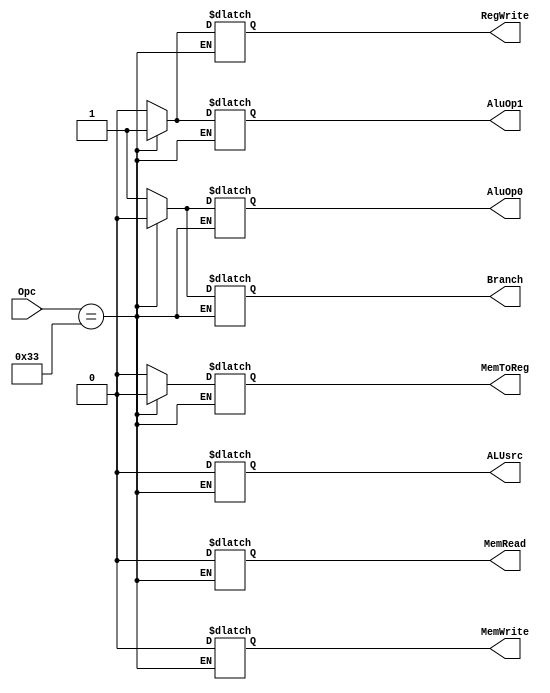
module control (Opc, ALUsrc, MemToReg, RegWrite, MemRead, MemWrite, Branch, AluOp1, AluOp0);
  input [6:0] Opc;
  output reg ALUsrc;
  output reg MemToReg;
  output reg RegWrite;
  output reg MemRead;
  output reg MemWrite;
  output reg Branch;
  output reg AluOp1;
  output reg AluOp0;


  always @ ( Opc ) begin

  // fix this

    // R-format 0110011
    if (Opc == 7'b0110011) begin
      ALUsrc   = 0;
      MemToReg = 0;
      RegWrite = 1;
      MemRead  = 0;
      MemWrite = 0;
      Branch   = 0;
      AluOp1   = 1;
      AluOp0   = 0;
    end

    // ld 0000011
    else if (Opc[6] == 7'b0000011) begin
      ALUsrc   = 1;
      MemToReg = 1;
      RegWrite = 1;
      MemRead  = 1;
      MemWrite = 0;
      Branch   = 0;
      AluOp1   = 0;
      AluOp0   = 0;
    end

    // sd 0100011
    else if (Opc[6] == 7'b0100011) begin
      ALUsrc   = 1;
      MemToReg = x;
      RegWrite = 0;
      MemRead  = 0;
      MemWrite = 1;
      Branch   = 0;
      AluOp1   = 0;
      AluOp0   = 0;
    end

    // beq 1100011
    else if (Opc[6] == 7'b1100011) begin
      ALUsrc   = 0;
      MemToReg = x;
      RegWrite = 0;
      MemRead  = 0;
      MemWrite = 0;
      Branch   = 1;
      AluOp1   = 0;
      AluOp0   = 1;
    end
  end
endmodule